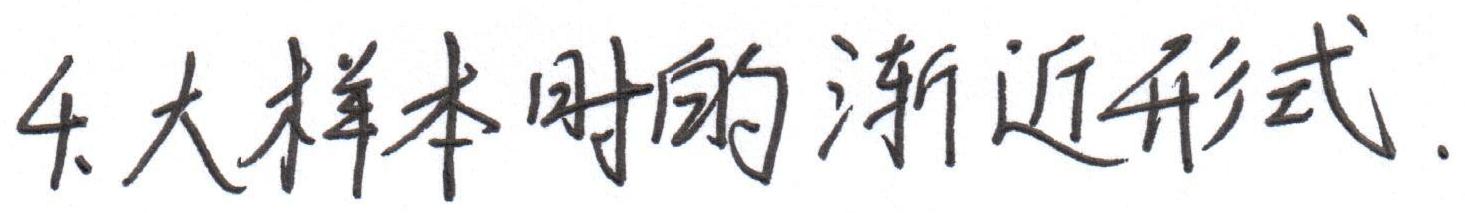
4. 大样本时的渐近形式.